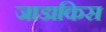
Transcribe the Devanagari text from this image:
जाडाकिस